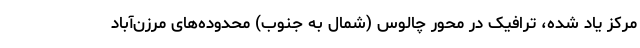
مرکز یاد شده، ترافیک در محور چالوس (شمال به جنوب) محدوده‌های مرزن‌آباد